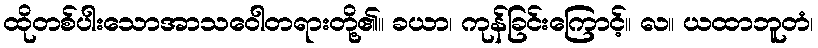
ထိုတစ်ပါးသောအာသဝေါတရားတို့၏။ ခယာ၊ ကုန်ခြင်းကြောင့်။ လ။ ယထာဘူတံ၊